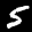
Label: 5